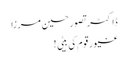
ڈاکٹر تصور حسین مرزا
غیور قوم کی بیٹی !